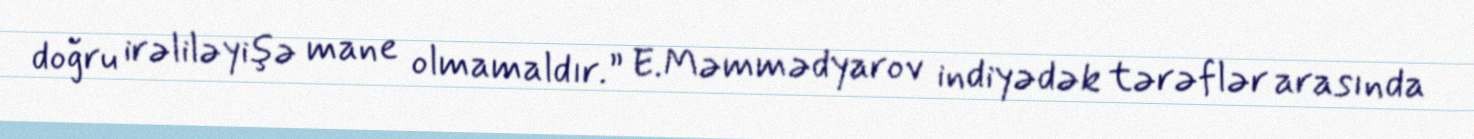
doğru irəliləyişə mane olmamaldır.” E.Məmmədyarov indiyədək tərəflər arasında